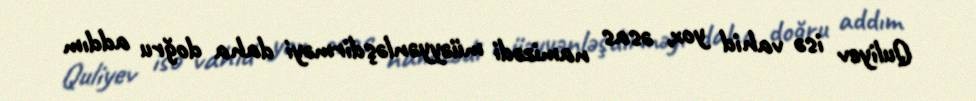
Quliyev isə vahid yox, əsas namizədi müəyyənləşdirməyi daha doğru addım